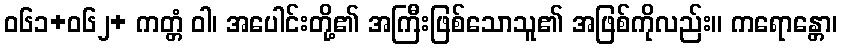
ဝ၆၁+၀၆၂+ ကတ္တံ ဝါ၊ အပေါင်းတို့၏ အကြီးဖြစ်သောသူ၏ အဖြစ်ကိုလည်း။ ကရောန္တော၊